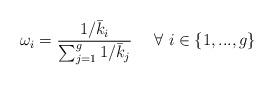
LaTeX: \begin{align*}\omega_i=\frac{1/\bar{k}_i}{\sum_{j=1}^g1/\bar{k}_j}~~~~\forall~i \in \{1,...,g\}\end{align*}